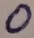
Text: 0